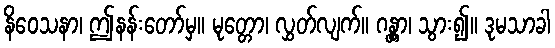
နိဝေသနာ၊ ဤနန်းတော်မှ။ မုတ္တော၊ လွှတ်လျက်။ ဂန္တွာ၊ သွား၍။ ဒုမသာခါ